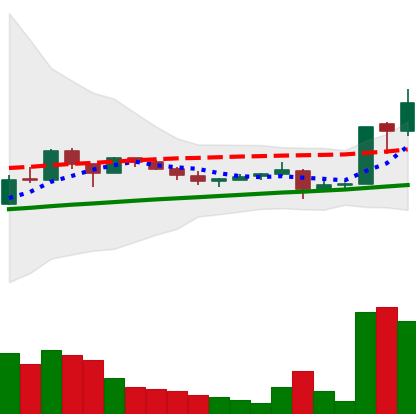
Ticker: LTC-USD
Chart end date: 2017-10-14
Forward return: -6.584%
Label: down_5_7